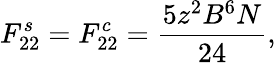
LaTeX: F_{22}^{s}=F_{22}^{c}=\frac{5z^{2}B^{6}N}{24},